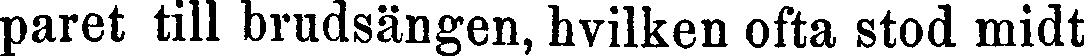
paret till brudsängen, hvilken ofta stod midt